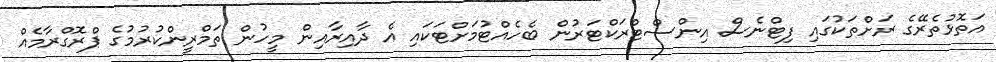
އަތޮޅުތެރޭގެ ރަށްތަކުގައި ފިޓްނެސް އިންސްޓްރަކްޓަރުން ބެހެއްޓުމަށްޓަކައި އެ ދާއިރާއިން މީހުން ތަމްރީންކުރުމުގެ ޕްރޮގްރާމެއް